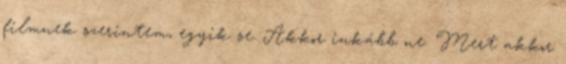
filmnek szerintem, egyik se. Akkor inkább ne. Mert akkor